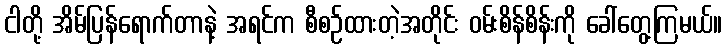
ငါတို့ အိမ်ပြန်ရောက်တာနဲ့ အရင်က စီစဉ်ထားတဲ့အတိုင်း ဝမ်းစိန်စိန်းကို ခေါ်တွေ့ကြမယ်။